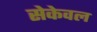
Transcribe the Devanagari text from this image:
सेकेवल